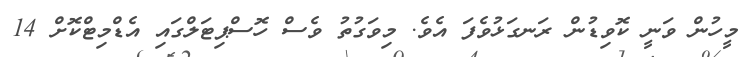
މީހުން ވަނީ ކޮވިޑުން ރަނގަޅުވެފަ އެވެ. މިވަގުތު ވެސް ހޮސްޕިޓަލްގައި އެޑްމިޓްކޮށް 14